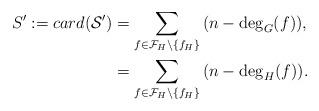
LaTeX: \begin{align*}S' := card(\mathcal{S}') & = \sum_{f \in \mathcal{F}_H \setminus \{f_H\}}{(n-\deg_G(f))}, \\& = \sum_{f \in \mathcal{F}_H \setminus \{f_H\}}{(n-\deg_H(f))}.\end{align*}